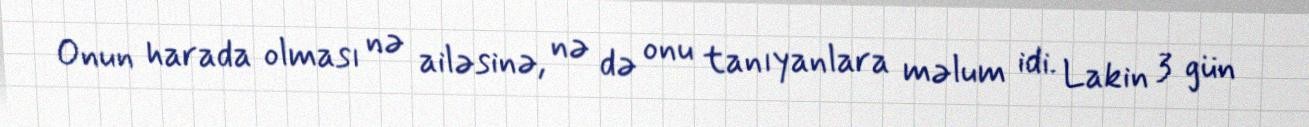
Onun harada olması nə ailəsinə, nə də onu tanıyanlara məlum idi. Lakin 3 gün